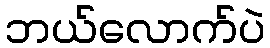
ဘယ်လောက်ပဲ